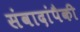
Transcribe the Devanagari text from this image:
संवादांपैकी